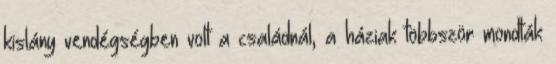
kislány vendégségben volt a családnál, a háziak többször mondták